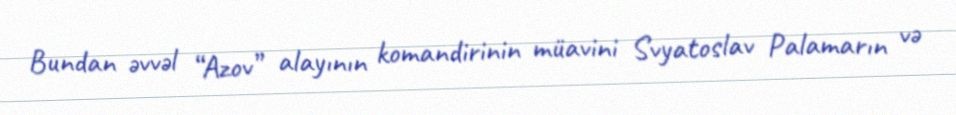
Bundan əvvəl “Azov” alayının komandirinin müavini Svyatoslav Palamarın və